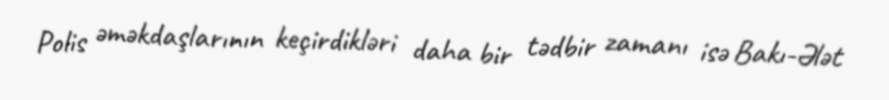
Polis əməkdaşlarının keçirdikləri daha bir tədbir zamanı isə Bakı-Ələt